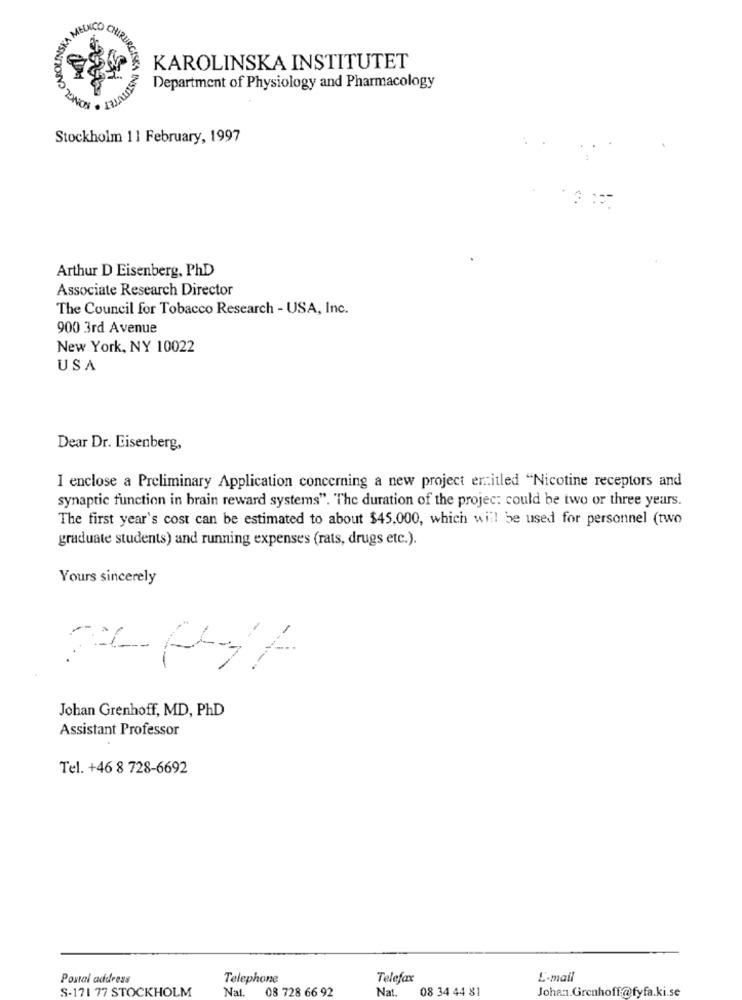
HA MEÚNICO CHIRUR
KAROLINSKA INSTITUTET
Department of Physiology and Pharmacology
Stockholm 11 February, 1997
Arthur D Eisenberg, PhD
Associate Research Director
The Council for Tobacco Research - USA, Inc.
900 3rd Avenue
New York, NY 10022
USA
Dear Dr. Eisenberg,
I enclose a Preliminary Application concerning a new project erzitled "Nicotine receptors and
synaptic function in brain reward systems". "The duration of the projec: could be two or three years.
The first year's cost can be estimated to about $45.000, which will be used for personnel (two
graduate students) and running expenses (rats, drugs etc.).
Yours sincerely
--
Johan Grenhoff, MD, PhD
Assistant Professor
Tel. +46 8 728-6692
Postal address
Telephone
Telefax
E-mail
S-171 77 STOCKHOLM
Nat.
08 728 66 92
Nat.
08 34 44 81
Johan.Grenhoff@fyfa.ki.se